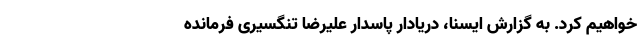
خواهیم کرد. به گزارش ایسنا، دریادار پاسدار علیرضا تنگسیری فرمانده